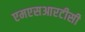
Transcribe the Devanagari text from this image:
एमएसआरटीसी